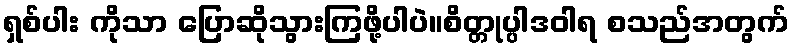
ရှစ်ပါး ကိုသာ ပြောဆိုသွားကြဖို့ပါပဲ။စိတ္တုပ္ပါဒဝါရ စသည်အတွက်